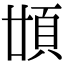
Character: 𩑪